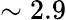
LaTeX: \sim 2.9